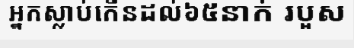
អ្នកស្លាប់កើនដល់៦៥នាក់ របួស